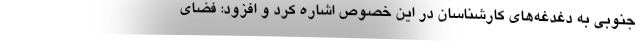
جنوبی به دغدغه‌های کارشناسان در این خصوص اشاره کرد و افزود: فضای